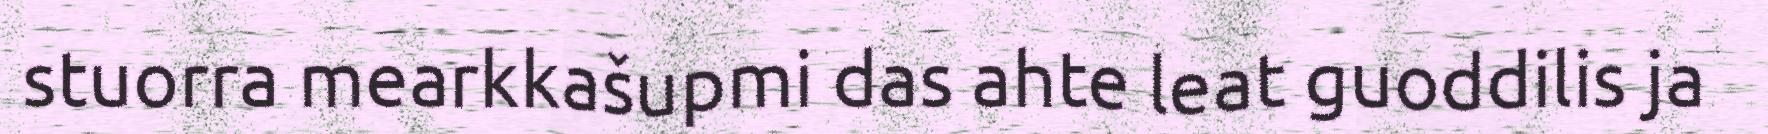
stuorra mearkkašupmi das ahte leat guoddilis ja